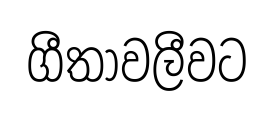
ගීතාවලීවට